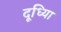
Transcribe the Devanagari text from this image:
दूधि्या